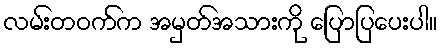
လမ်းတဝက်က အမှတ်အသားကို ပြောပြပေးပါ။